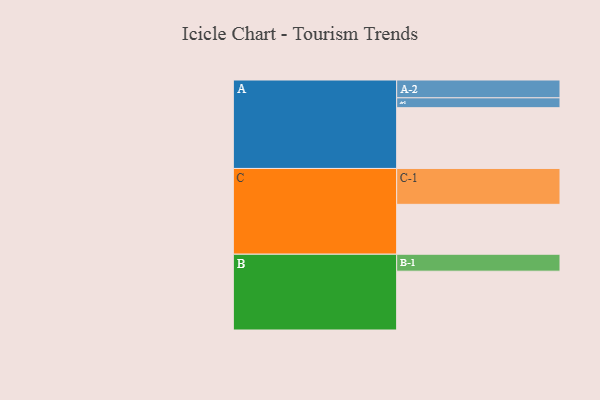
{"axis": {"x": "Segment", "y": "Value"}, "legend": ["", "A", "B", "C"], "data": [{"x": "A", "y": 498, "type": ""}, {"x": "B", "y": 482, "type": ""}, {"x": "C", "y": 409, "type": ""}, {"x": "A-1", "y": 81, "type": "A"}, {"x": "A-2", "y": 146, "type": "A"}, {"x": "B-1", "y": 139, "type": "B"}, {"x": "C-1", "y": 294, "type": "C"}]}